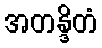
အတန္ဒိတံ